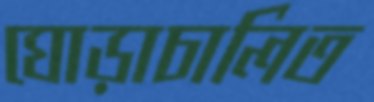
ঘোড়াচালিত